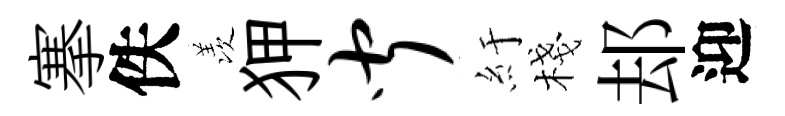
搴佚羡狎闻紆棧𨚫迎